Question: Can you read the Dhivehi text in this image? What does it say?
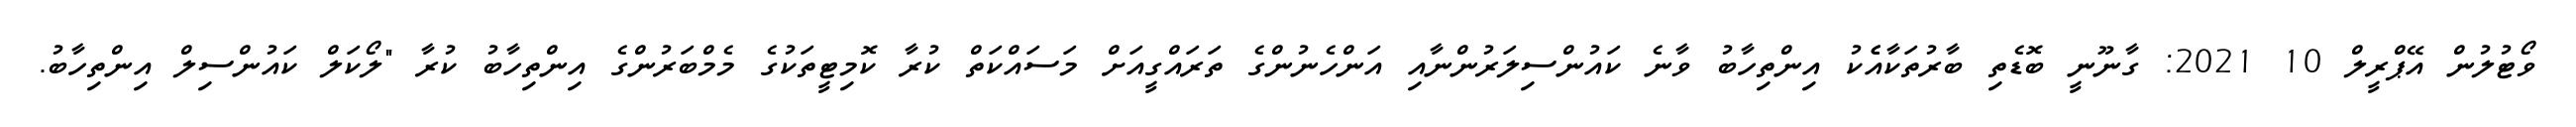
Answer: ވޯޓުލުން އޭޕްރީލް 10 2021: ގާނޫނީ ބޮޑެތި ބާރުތަކާއެެކު އިންތިހާބު ވާނެ ކައުންސިލަރުންނާއި އަންހެނުންގެ ތަރައްގީއަށް މަސައްކަތް ކުރާ ކޮމިޓީތަކުގެ މެމްބަރުންގެ އިންތިހާބު ކުރާ "ލޯކަލް ކައުންސިލް އިންތިހާބު.